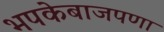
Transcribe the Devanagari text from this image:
भपकेबाजपणा